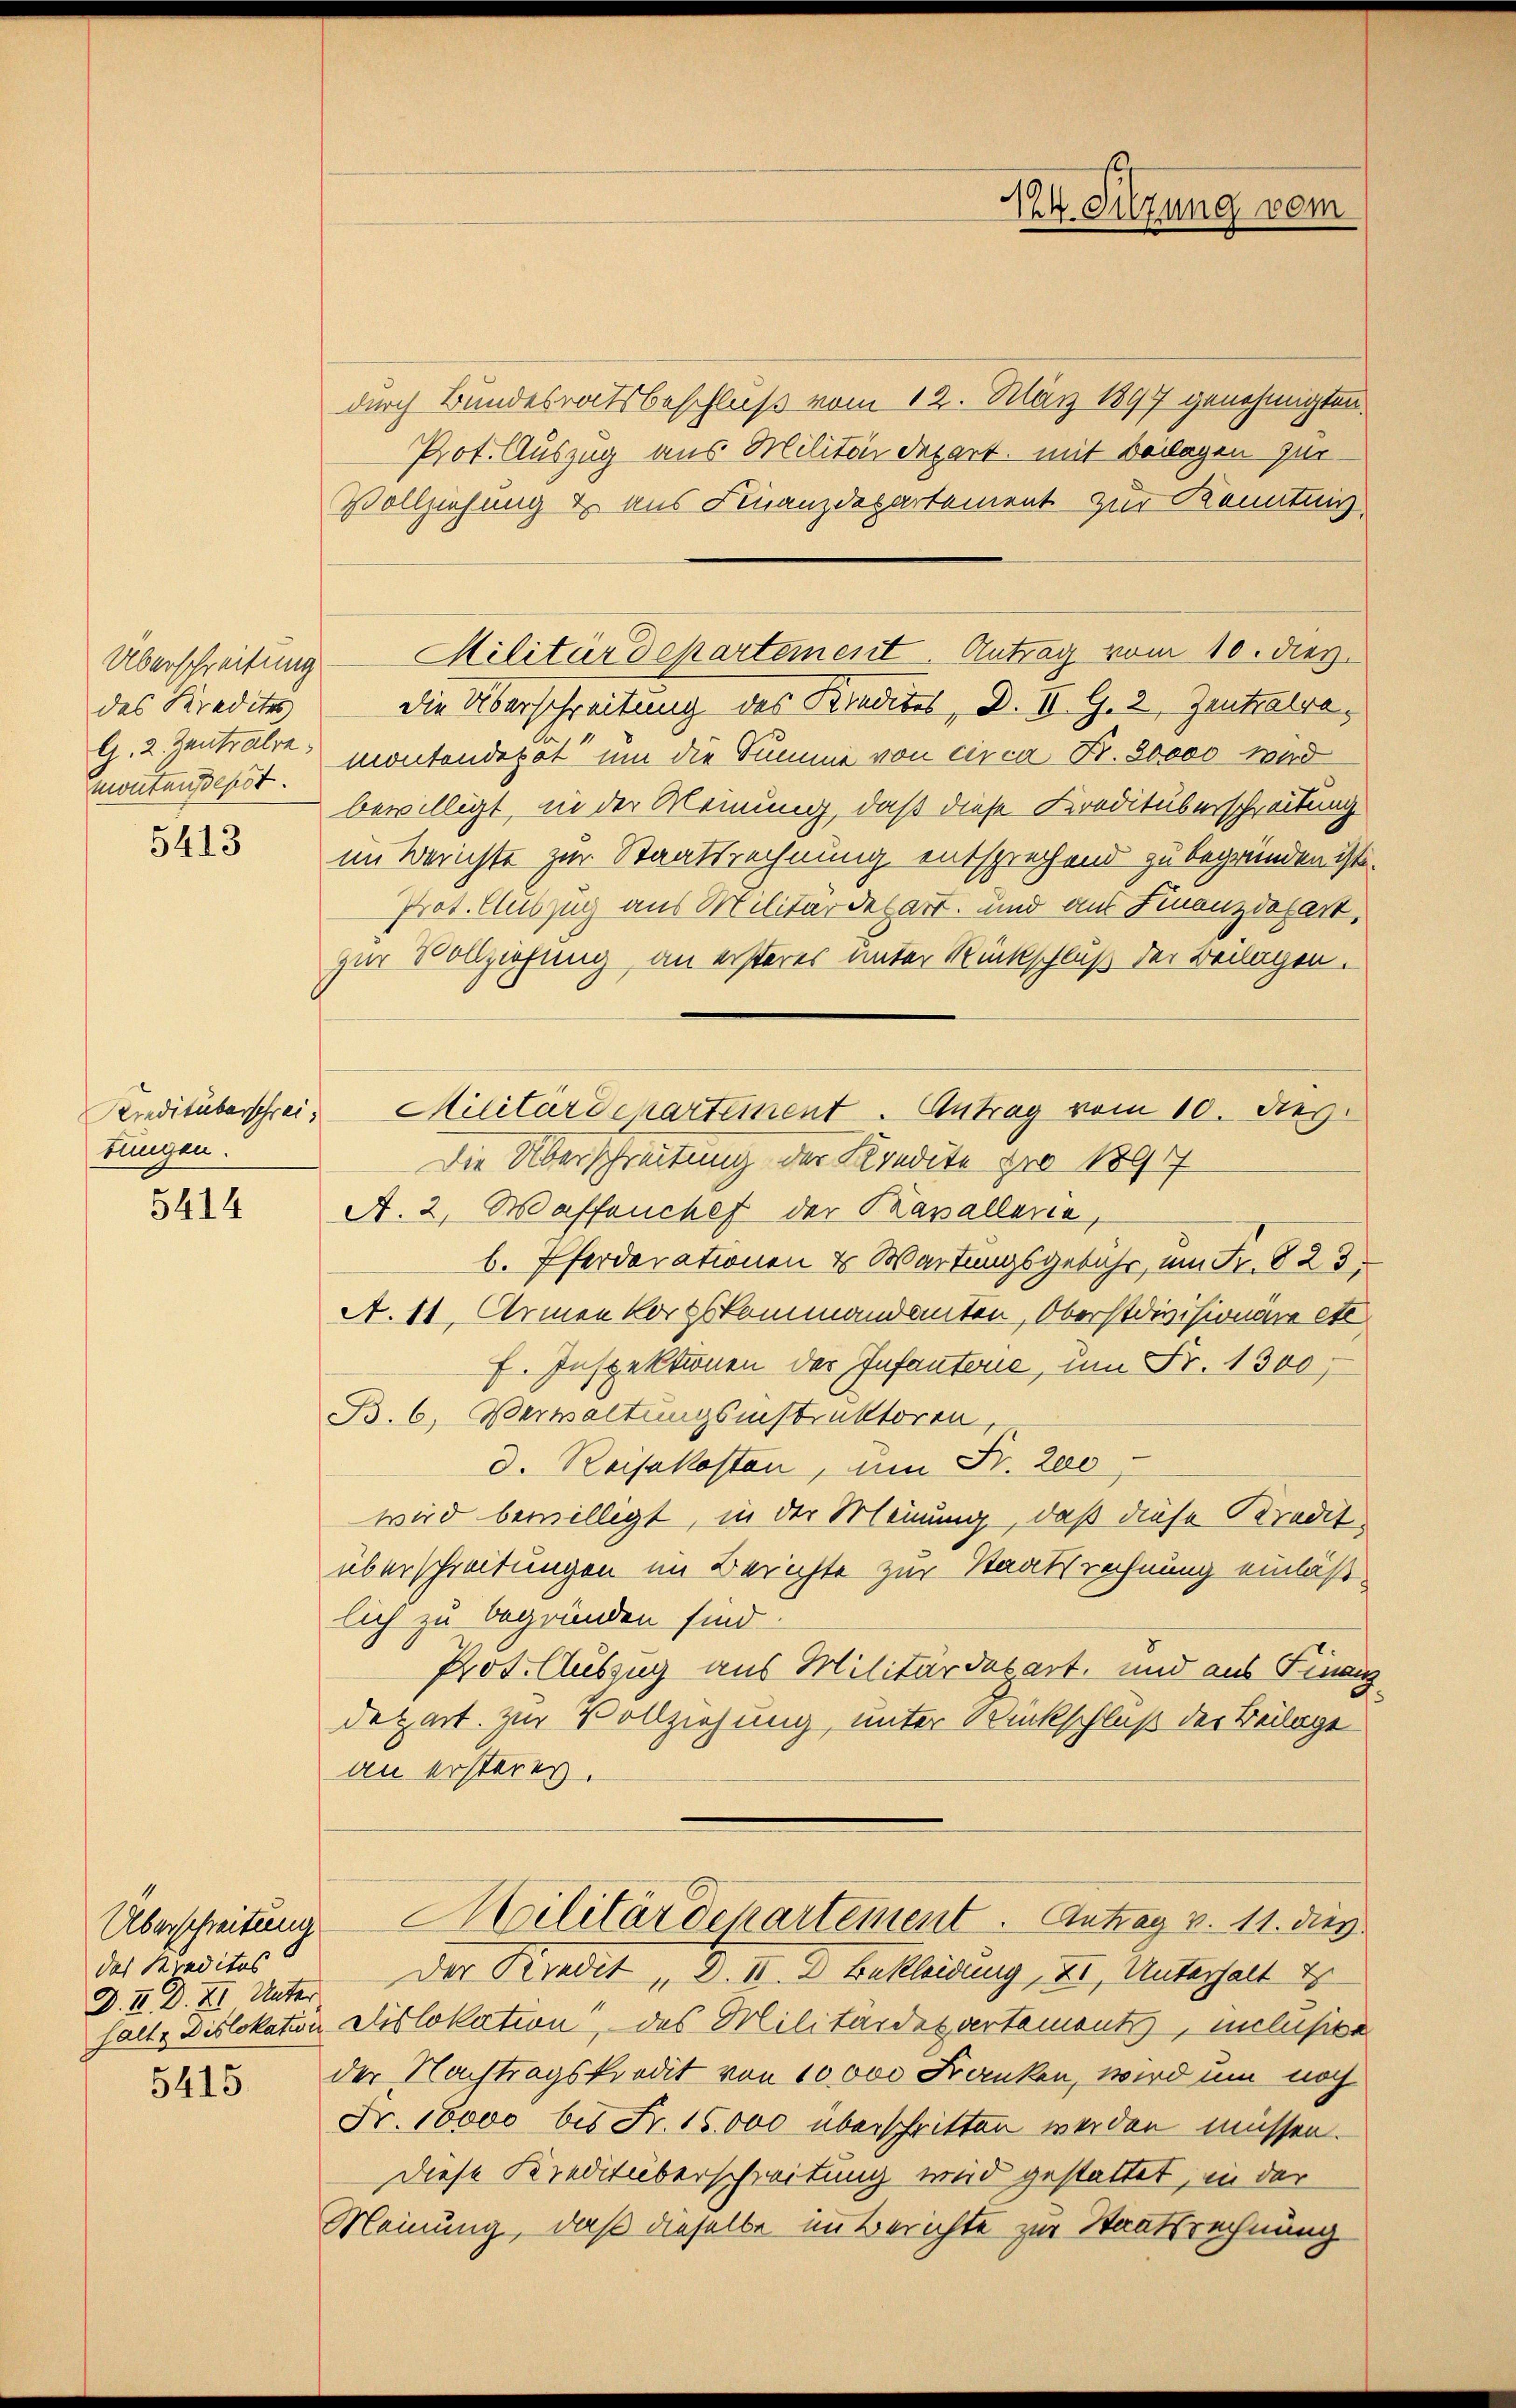
des Kredites
G. 2. Zentralre
montansepst.

5413

Kreditüberschrei
tungen.

5414

Überschreitung
das Kreditas
D. M. D. XI. Unter
halte Dislokation

5415

durch Bundesratsbeschluß vom 12. März 1897 genehmigten
Prot. Auszug aus Militärdepart, mit Beilagen zur
Vollziehung & aus Finanzdepartement zur Kenntnis
die Überschreitung des Kredites, D. II. G. 2, Zentralra
montendepot um die Summe von circa Fr. 80000 wird
bewilligt, in der Meinung, daß diese Kreditüberschreitung
im Berichte zur Staatsrechnung entsprechend zu begründen ist.
Prot. Auszug aus Militärdepart und aus Finanzdepart,
zur Vollziehung an ersteres unter Rückschluß der Beilagen.
Die Überschreitung der Kondite pro 1891
A. 2, Waffeuches der Kavallerie,
b. Pferderationen & Wartungsgebühr, um Fr. 823.
A. 11. Armen Korpskommandanten, Oberstdivisionäre etc.
f. Inspektionen der Infantone, um Fr. 1300
B. 6. Verwaltungsinstruktoren,
d. Reisekosten, um Fr. 200
wird bewilligt, in der Meinung, daß diese Kredit
überschreitungen im Berichte zur Staatsrechnung einläßlich zu begründen sind.
Prot. Auszug aus Militärdepart, und aus Finanz
depart zur Vollziehung, unter Rückschluß der Beilage
an ersteres.
Militärdekartement. Antrag v. 11. dies
Der Kredit, d. II. 2 Bekleidung, XI, Unterhalt u
Dislokation, des Militärdepartements, inclusive
der Nachtragskredit von 10000 Franken, wird um noch
Fr. 10000 bis Fr. 15,000 überschritten werden müssen.
Diese Kreditüberschreitung wird gestattet, in der
Meinung, daß dieselbe im Berichte zur Staatsrechnung

Überschreitung Militärdepartement. Antrag vom 10. dies

Militärschartement. Antrag vom 10. des

44. Sitzung vom